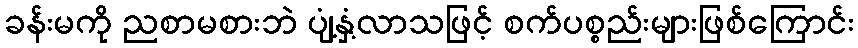
ခန်းမကို ညစာမစားဘဲ ပျံ့နှံ့လာသဖြင့် စက်ပစ္စည်းများဖြစ်ကြောင်း